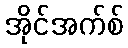
အိုင်အက်စ်